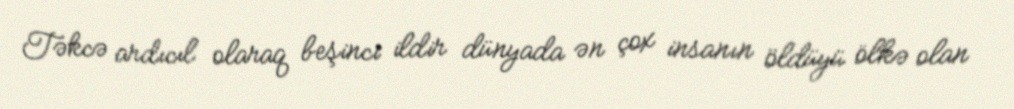
Təkcə ardıcıl olaraq beşinci ildir dünyada ən çox insanın öldüyü ölkə olan